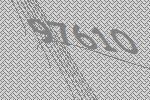
97610